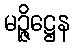
မဉ္ဇိဋ္ဌေန